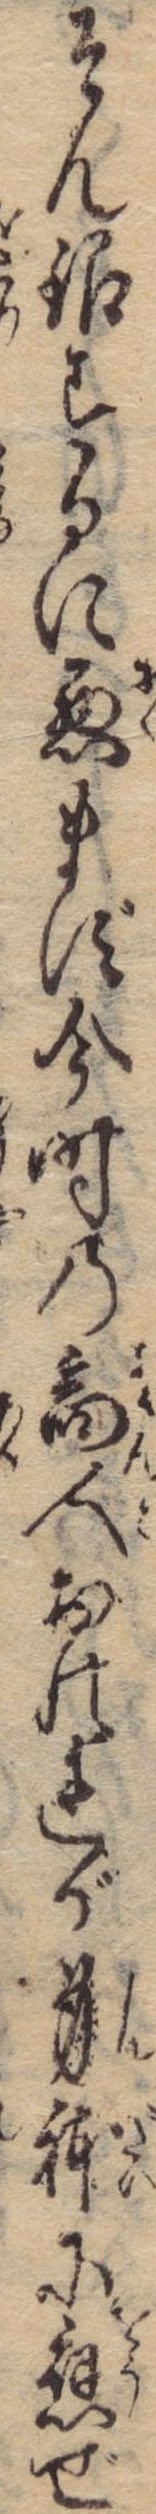
そん銀するに悪まず今時の商人おのれが身体に応ぜ